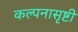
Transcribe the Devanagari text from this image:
कल्पनासृष्टी